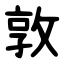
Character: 敦